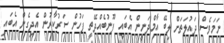
ނަމަވެސް ދައުލަތަށް ލިބޭ އާމްދަނީން އެބައި ފޫނުބެއްދޭތީ ފަހުން ސަރުކާރުން އެދިގެން އެބައި